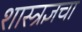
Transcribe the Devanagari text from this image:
शास्त्रज्ञचा